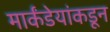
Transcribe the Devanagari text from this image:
मार्कंडेयांकडून